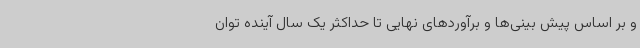
و بر اساس پیش بینی‌ها و برآوردهای نهایی تا حداکثر یک سال آینده توان